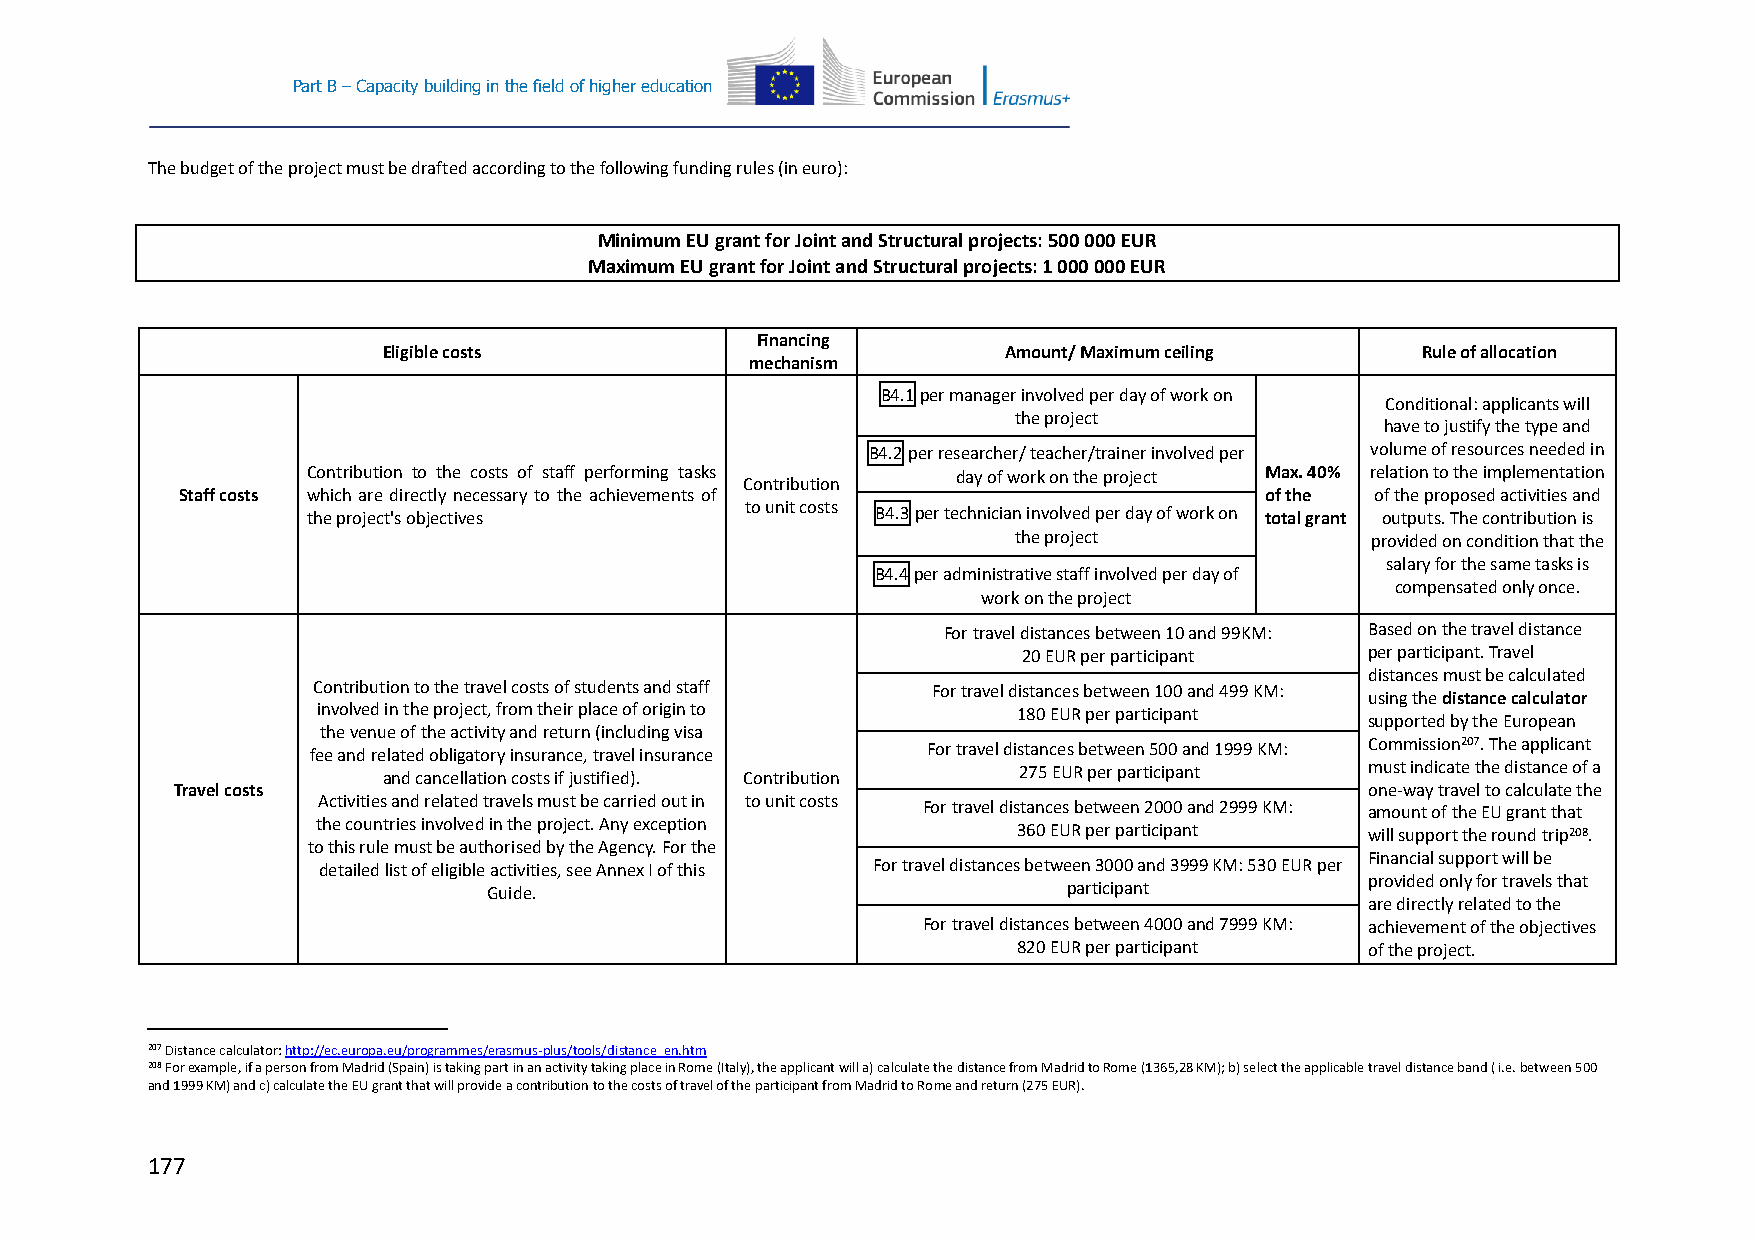
Part B – Capacity building in the field of higher education
 The budget of the project must be drafted according to the following funding rules (in euro):
 Minimum EU grant for Joint and Structural projects: 500 000 EUR
 Maximum EU grant for Joint and Structural projects: 1 000 000 EUR
 Financing
 Eligible costs                            Amount/ Maximum ceiling    Rule of allocation
 mechanism
 B4.1 per manager involved per day of work on
 Conditional: applicants will
 the project
 have to justify the type and
 B4.2 per researcher/ teacher/trainer involved per volume of resources needed in
 Contribution to the costs of staff performing tasks day of work on the project Max. 40% relation to the implementation
 Contribution
 Staff costs which are directly necessary to the achievements of         of the of the proposed activities and
 to unit costs
 the project's objectives              B4.3 per technician involved per day of work on total grant outputs. The contribution is
 the project             provided on condition that the
 salary for the same tasks is
 B4.4 per administrative staff involved per day of
 compensated only once.
 work on the project
 For travel distances between 10 and 99KM: Based on the travel distance
 20 EUR per participant per participant. Travel
 distances must be calculated
 Contribution to the travel costs of students and staff For travel distances between 100 and 499 KM:
 using the distance calculator
 involved in the project, from their place of origin to 180 EUR per participant
 supported by the European
 the venue of the activity and return (including visa
 fee and related obligatory insurance, travel insurance For travel distances between 500 and 1999 KM: Commission207. The applicant
 and cancellation costs if justified). Contribution 275 EUR per participant must indicate the distance of a
 Travel costs                                                                    one-way travel to calculate the
 Activities and related travels must be carried out in to unit costs For travel distances between 2000 and 2999 KM: amount of the EU grant that
 the countries involved in the project. Any exception 360 EUR per participant will support the round trip208.
 to this rule must be authorised by the Agency. For the
 Financial support will be
 detailed list of eligible activities, see Annex I of this For travel distances between 3000 and 3999 KM: 530 EUR per
 provided only for travels that
 Guide.                                 participant
 are directly related to the
 For travel distances between 4000 and 7999 KM: achievement of the objectives
 820 EUR per participant of the project.
 207 Distance calculator: http://ec.europa.eu/programmes/erasmus-plus/tools/distance_en.htm
 208 For example, if a person from Madrid (Spain) is taking part in an activity taking place in Rome (Italy), the applicant will a) calculate the distance from Madrid to Rome (1365,28 KM); b) select the applicable travel distance band ( i.e. between 500
 and 1999 KM) and c) calculate the EU grant that will provide a contribution to the costs of travel of the participant from Madrid to Rome and return (275 EUR).
 177